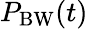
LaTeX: P_{\mathrm{BW}}(t)